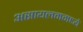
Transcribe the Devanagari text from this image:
असायलममध्ये